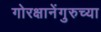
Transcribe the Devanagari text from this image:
गोरक्षानेंगुरुच्या